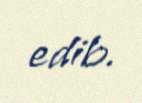
edib.